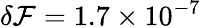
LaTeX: \delta\mathcal{F}=1.7\times10^{-7}